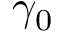
\gamma _ { 0 }